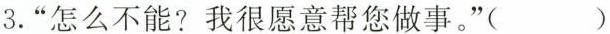
3.”怎么不能？我很愿意帮您做事。”( )